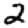
Digit: 2